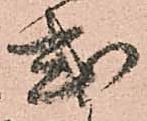
式